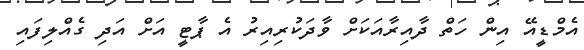
އެމްޑީއޭ އިން ހަތް ދާއިރާއަކަށް ވާދަކުރިއިރު އެ ޕާޓީ އަށް އަދި ގެއްލިފައި